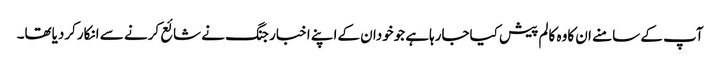
آپ کے سامنے ان کاوہ کالم پیش کیاجارہاہے جوخودان کےاپنے اخبار جنگ نے شائع کرنے سے انکارکردیاتھا۔